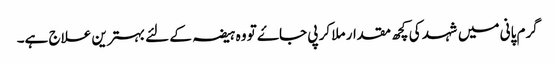
گرم پانی میں شہد کی کچھ مقدار ملا کر پی جاۓ تو وہ ہیضہ کے لئے بہترین علاج ہے۔